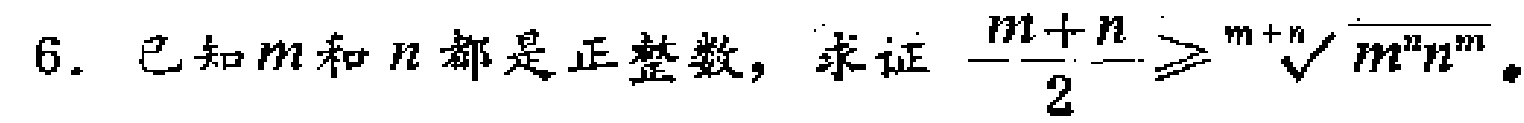
已知\(m\)和\(n\)都是正整数，求证\(\frac{m + n}{2} \geq \sqrt[m + n]{m^{n}n^{m}}\)。